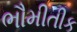
ભૌમીતીક